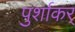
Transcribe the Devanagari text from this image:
पुर्शाकर्